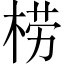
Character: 𣓿